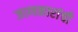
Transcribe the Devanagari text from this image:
जाणकारांची